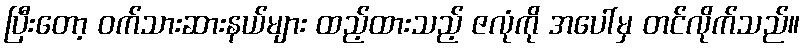
ပြီးတော့ ဝက်သားဆားနယ်များ ထည့်ထားသည့် ဇလုံကို အပေါ်မှ တင်လိုက်သည်။